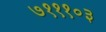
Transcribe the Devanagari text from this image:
७१११०३